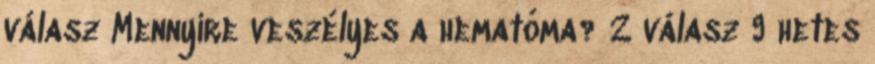
válasz Mennyire veszélyes a hematóma? 2 válasz 9 hetes